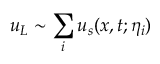
u _ { L } \sim \sum _ { i } u _ { s } ( x , t ; \eta _ { i } )